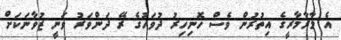
އެ މާރާމާރީގެ އިތުރުން ވެސް ހޮނިހިރު ދުވަހުގެ ރޭ ދަންވަރު ވަނީ ޒުވާނަކަށް